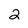
Character: 2